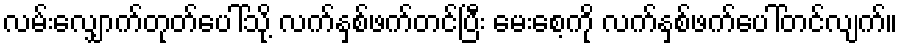
လမ်းလျှောက်တုတ်ပေါ်သို့ လက်နှစ်ဖက်တင်ပြီး မေးစေ့ကို လက်နှစ်ဖက်ပေါ်တင်လျက်။